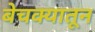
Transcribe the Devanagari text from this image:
बेचक्‍यातून